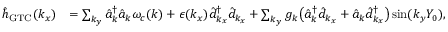
\begin{array} { r l } { { \hat { h } } _ { \mathrm { G T C } } ( k _ { x } ) } & { = \sum _ { { k _ { y } } } \hat { a } _ { \boldsymbol k } ^ { \dagger } \hat { a } _ { \boldsymbol k } \omega _ { c } ( { \boldsymbol k } ) + \epsilon ( k _ { x } ) \hat { d } _ { k _ { x } } ^ { \dagger } \hat { d } _ { k _ { x } } + \sum _ { k _ { y } } { g _ { \boldsymbol k } } \big ( \hat { a } _ { { \boldsymbol k } } ^ { \dagger } \hat { d } _ { k _ { x } } + \hat { a } _ { { \boldsymbol k } } \hat { d } _ { k _ { x } } ^ { \dagger } \big ) \sin ( { k _ { y } } Y _ { 0 } ) , } \end{array}